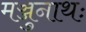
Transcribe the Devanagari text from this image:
मञ्जुनाथः